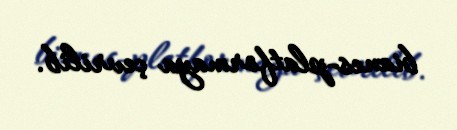
biznes-platformaya çevrilib.